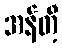
အန်တီ့